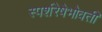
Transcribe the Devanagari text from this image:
स्पर्शरेषेभोवती